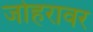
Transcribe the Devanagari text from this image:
जोहरावर